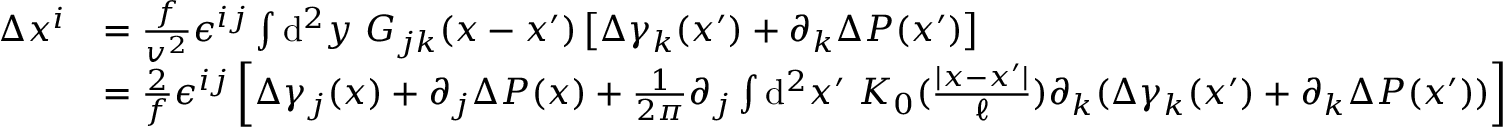
\begin{array} { r l } { \Delta x ^ { i } } & { = \frac { f } { v ^ { 2 } } \epsilon ^ { i j } \int \ensuremath { \operatorname { d } \! ^ { 2 } } y \ G _ { j k } ( x - x ^ { \prime } ) \left[ \Delta \gamma _ { k } ( x ^ { \prime } ) + \partial _ { k } \Delta P ( x ^ { \prime } ) \right] \, } \\ & { = \frac { 2 } { f } \epsilon ^ { i j } \left[ \Delta \gamma _ { j } ( x ) + \partial _ { j } \Delta P ( x ) + \frac { 1 } { 2 \pi } \partial _ { j } \int \ensuremath { \operatorname { d } \! ^ { 2 } } x ^ { \prime } \ K _ { 0 } ( \frac { | x - x ^ { \prime } | } { \ell } ) \partial _ { k } ( \Delta \gamma _ { k } ( x ^ { \prime } ) + \partial _ { k } \Delta P ( x ^ { \prime } ) ) \right] } \end{array}